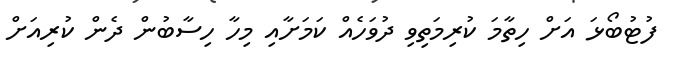
ފުޓުބޯޅަ އަށް ހިތާމަ ކުރިމަތިވި ދުވަހެއް ކަމަށާއި މިހާ ހިސާބުން ދެން ކުރިއަށް